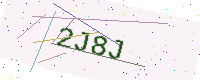
Text: 2J8J